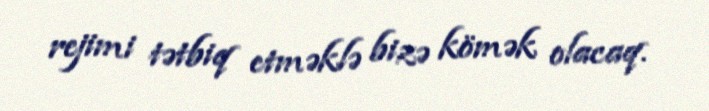
rejimi tətbiq etməklə bizə kömək olacaq.